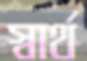
স্বার্থ